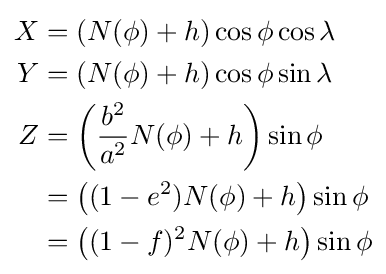
{\begin{aligned}X&=\left(N(\phi )+h\right)\cos {\phi }\cos {\lambda }\\Y&=\left(N(\phi )+h\right)\cos {\phi }\sin {\lambda }\\Z&=\left({\frac {b^{2}}{a^{2}}}N(\phi )+h\right)\sin {\phi }\\&=\left((1-e^{2})N(\phi )+h\right)\sin {\phi }\\&=\left((1-f)^{2}N(\phi )+h\right)\sin {\phi }\end{aligned}}